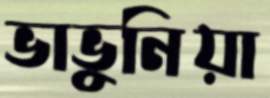
ভাভুনিয়া